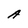
Character: A